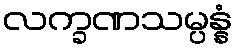
လက္ခဏသမ္ပန္နံ